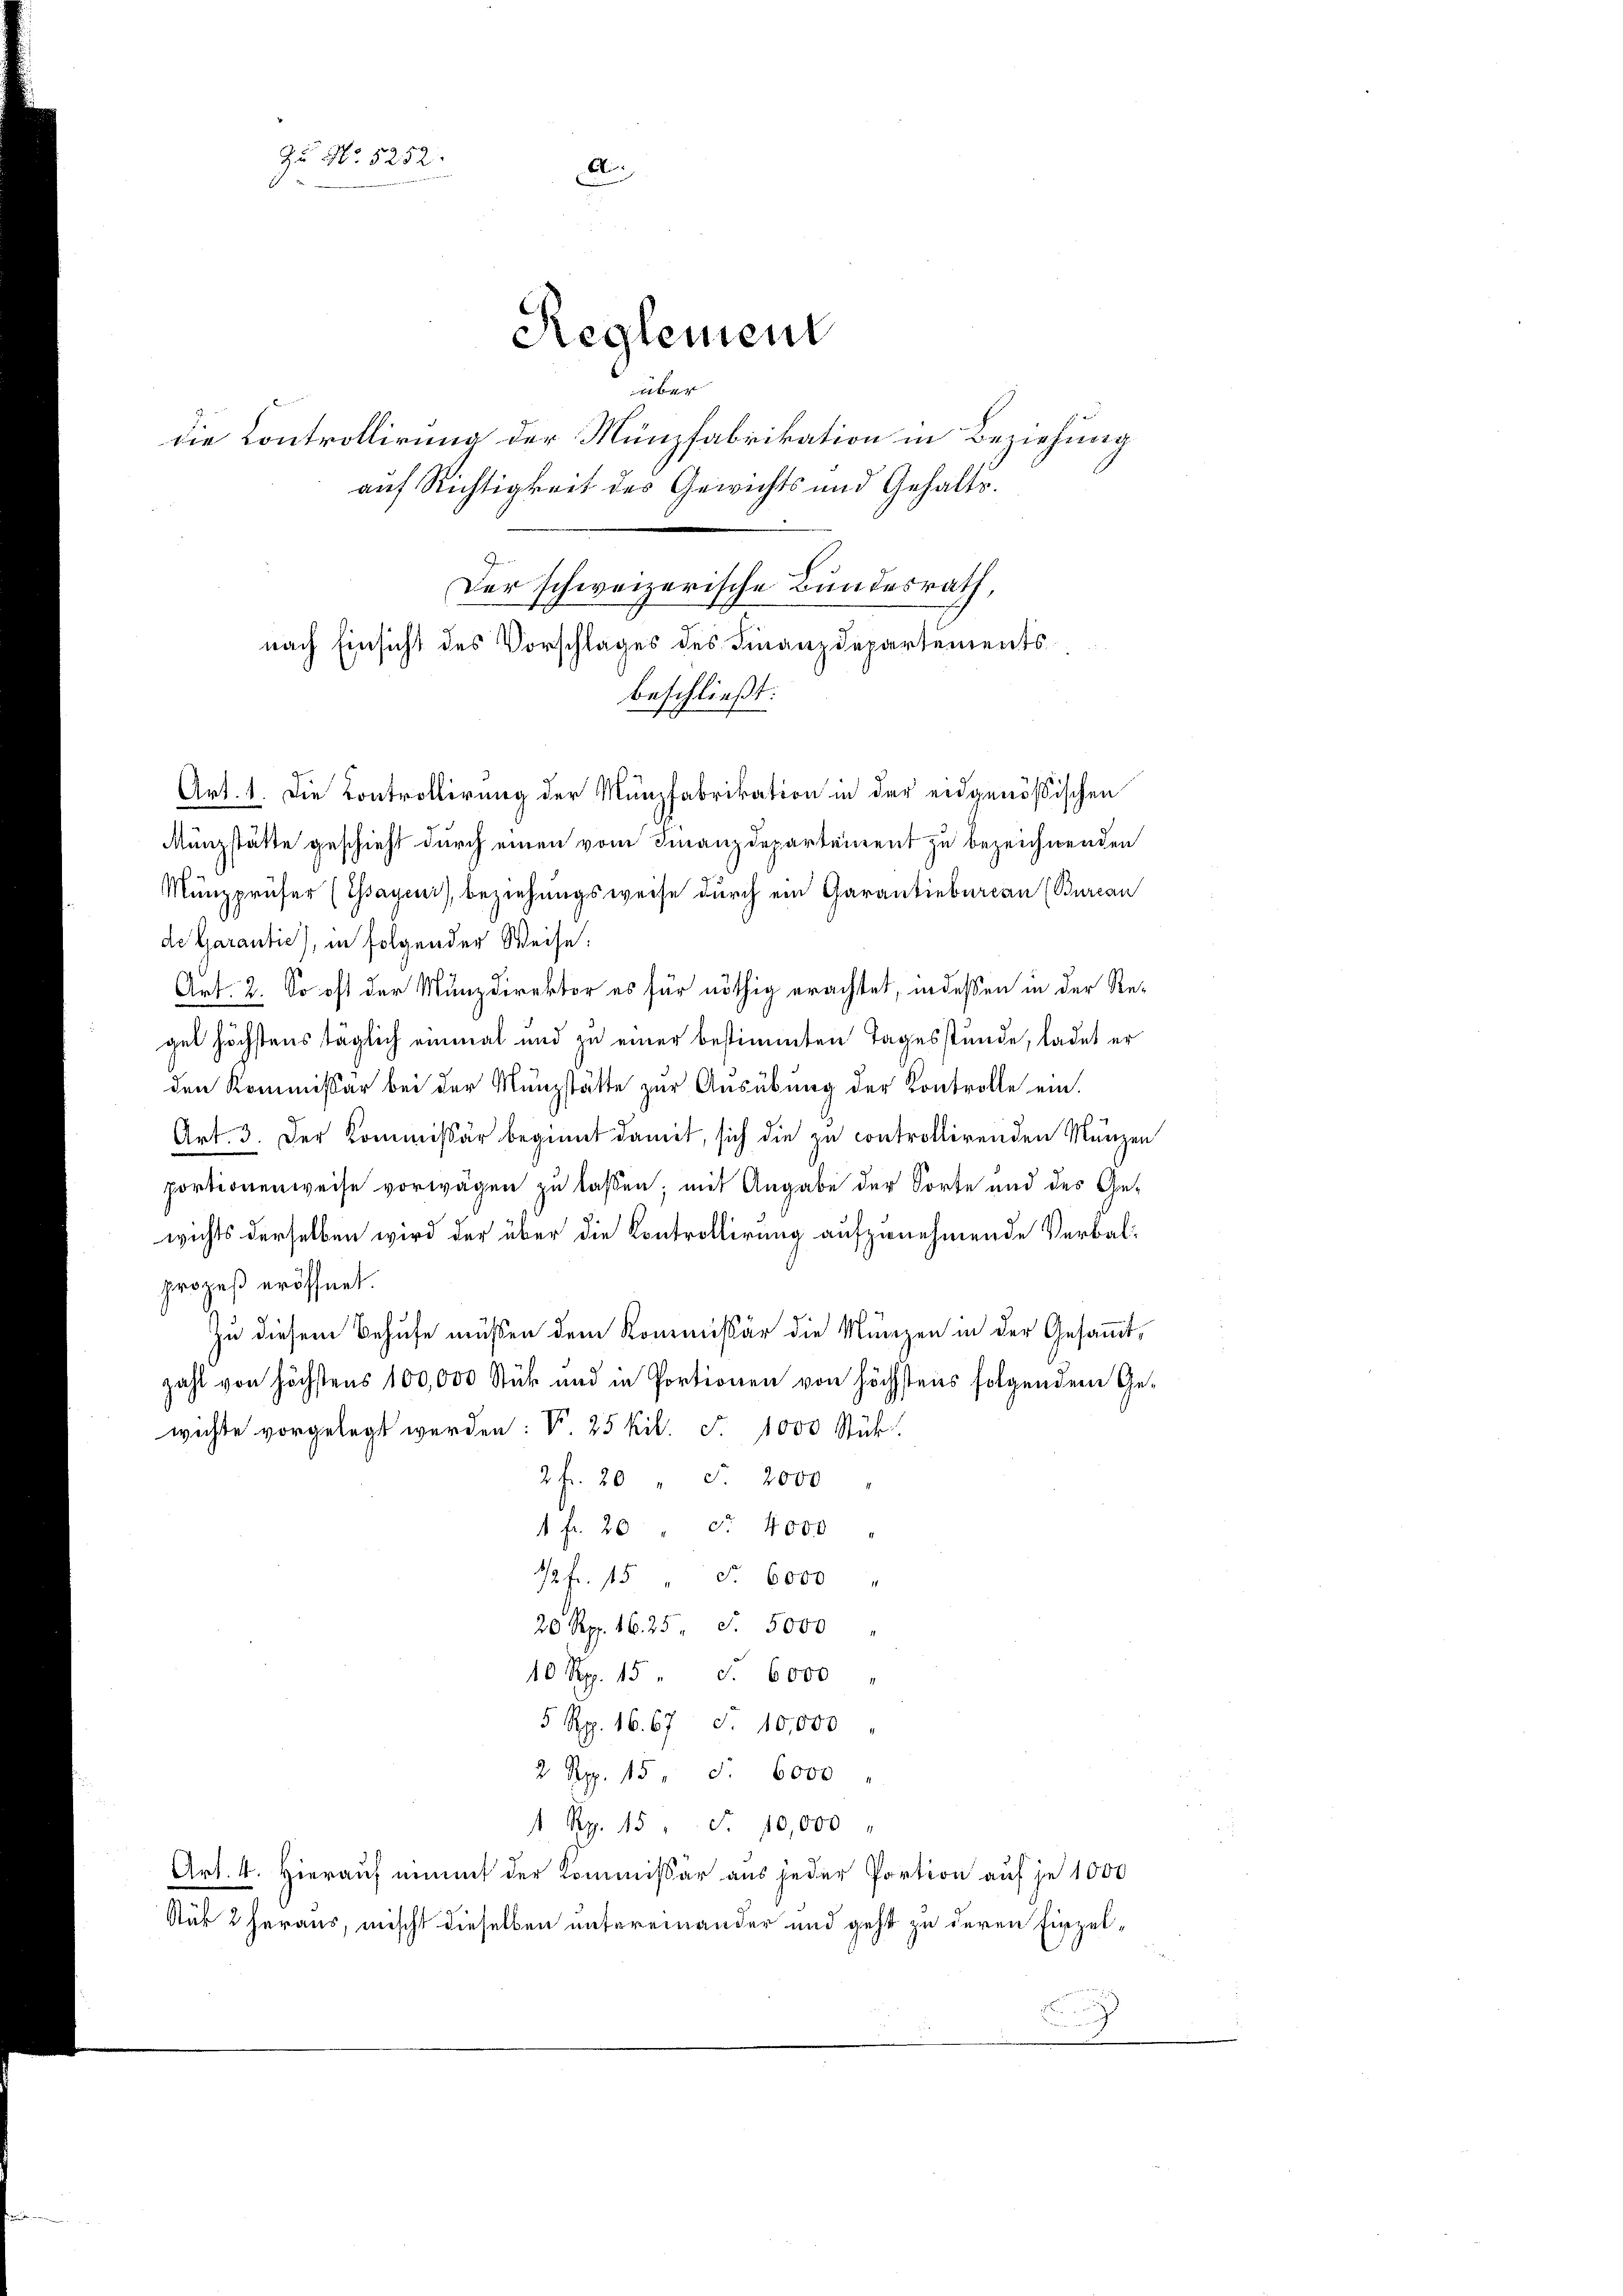
Zu No 5252.
A
Reglement
 |
die Controllirung der Münzfabrikation in Beziehung
auf Richtigkeit des Gewichts und Gehalts¬
Der schweizerische Bundesrath,
nach Einsicht des Vorschlages des Finanzdepartements
beschließt:

Münzstätte geschieht durch einen vom Finanzdepartement zu bezeichnenden
Münzprüfer (Gssayeni), beziehungsweise durch ein Garantieburcan (Burcan
de Garantie, in folgender Weise:
Art. 2. So oft der Münzdirektor es für nöthig erachtet, indessen in der Regel höchstens täglich einmal und zu einer bestimmten Tagesstunde, ladet er
den Kommissär bei der Münzstätte zur Ausübung der Kontrolle ein.
Art. 3. Der Kommissär beginnt damit, sich die zu controllirenden Münzen
portionenweise vorwägen zu lassen; mit Angabe der Sorte und des Gewichts derselben wird der über die Kontrollirung aufzunehmende Verbalprozeß eröffnet.
Zu diesem Behufe müssen dem Kommissär die Münzen in der Gesammtzahl von höchstens 100,000 Stück und in Portionen von höchstens folgendem Ge-
wichte vorgelegt werden: V. 25 kil. F. 1000 Stük
2 fr. 20 " S 2000
4 fr. 20 " cr. 4000
12fr. 15 " Fr. 6000 "
20 Rp. 16. 25, S. 5000
10 Rp. 15. S. 6000
5 Rp. 16. 67 S. 10,000
2 Rp. 15. S. 6000
1 Rp. 15 " F. 10,000
Art. 4. Hierauf eimmt der Kommissär aus jeder Portion auf je 1000
Sür 2 heraus, mischt dieselben untereinander und geht zu deren Einzel¬

Art. 1. Die Controllirung der Münzfabrikation in der eidgenößischen